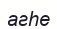
агһе